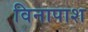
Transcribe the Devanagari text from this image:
विनापाश